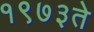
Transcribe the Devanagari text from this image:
१९७३ते